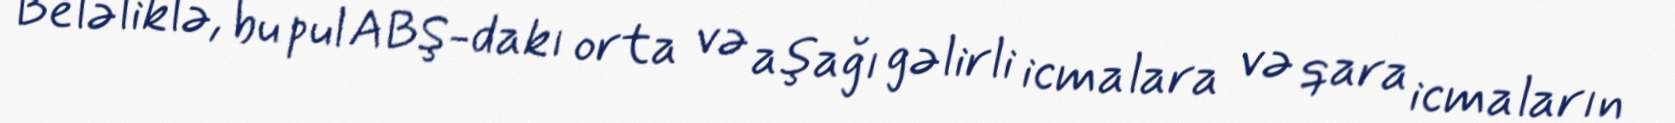
Beləliklə, bu pul ABŞ-dakı orta və aşağı gəlirli icmalara və qara icmaların